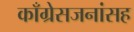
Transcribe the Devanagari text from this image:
काँग्रेसजनांसह